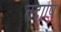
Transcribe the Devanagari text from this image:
तदापि